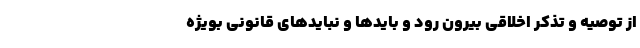
از توصیه و تذکر اخلاقی بیرون رود و بایدها و نبایدهای قانونی بویژه